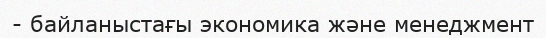
- байланыстағы экономика және менеджмент